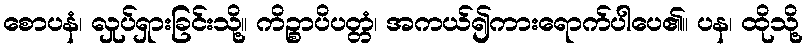
စောပနံ၊ လှုပ်ရှားခြင်းသို့။ ကိဉ္စာပိပတ္တံ၊ အကယ်၍ကားရောက်ပါပေ၏။ ပန၊ ထိုသို့